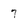
Character: 7